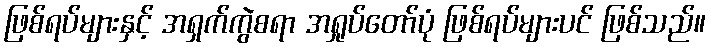
ဖြစ်ရပ်များနှင့် အရှက်ကွဲစရာ အရှုပ်တော်ပုံ ဖြစ်ရပ်များပင် ဖြစ်သည်။